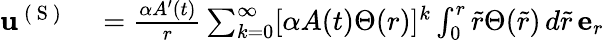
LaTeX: \begin{array}{rl}{\mathbf{u}^{\mathrm{~(~S~)~}}}&{{}=\frac{\alpha A^{\prime}(t)}{r}\sum_{k=0}^{\infty}[\alpha A(t)\Theta(r)]^{k}\int_{0}^{r}\tilde{r}\Theta(\tilde{r})\, d\tilde{r}\, \mathbf{e}_{r}}\end{array}